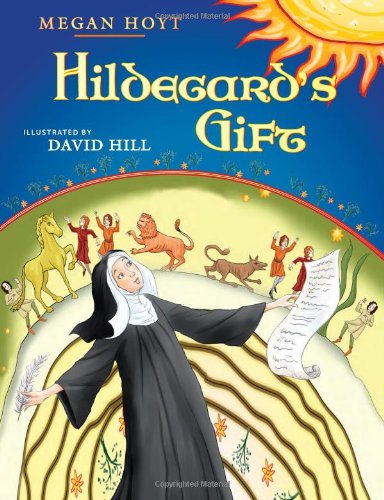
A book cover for Hildegard's Gift; Megan Hoyt; Christian Books & Bibles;